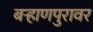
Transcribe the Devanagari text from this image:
बऱ्हाणपुरावर